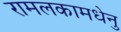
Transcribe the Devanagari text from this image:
रामलकामधेनु